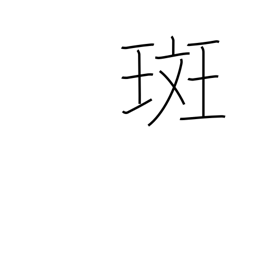
Meaning: blemish